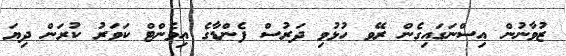
ޒުވާނުން އިސްނަގައިގެން ރޭވ ހުޅުވި ދަރުސް ފެންޑާގެ އިވެންޓް ކަވަރު ކުރަން ދިޔަ